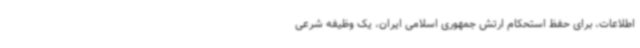
اطلاعات، برای حفظ استحکام ارتش جمهوری اسلامی ایران، یک وظیفه شرعی